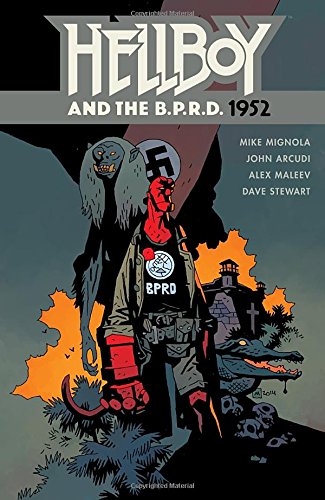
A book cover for Hellboy and the B.P.R.D: 1952; Mike Mignola; Comics & Graphic Novels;